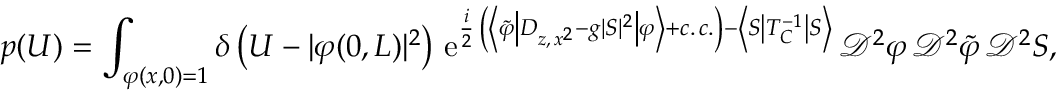
p ( U ) = \int _ { \varphi ( x , 0 ) = 1 } \delta \left( U - \vert \varphi ( 0 , L ) \vert ^ { 2 } \right) \, \mathrm { e } ^ { \frac { i } { 2 } \, \left( \left\langle \tilde { \varphi } \left\vert D _ { z , \, x ^ { 2 } } - g \vert S \vert ^ { 2 } \right\vert \varphi \right\rangle + c . \, c . \right) - \left\langle S \left\vert T _ { C } ^ { - 1 } \right\vert S \right\rangle } \, \mathscr { D } ^ { 2 } \varphi \, \mathscr { D } ^ { 2 } \tilde { \varphi } \, \mathscr { D } ^ { 2 } S ,